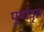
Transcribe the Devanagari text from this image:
पूर्णवृत